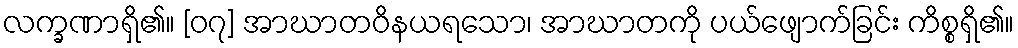
လက္ခဏာရှိ၏။ [၀၇] အာဃာတဝိနယရသော၊ အာဃာတကို ပယ်ဖျောက်ခြင်း ကိစ္စရှိ၏။